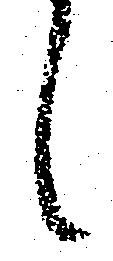
し